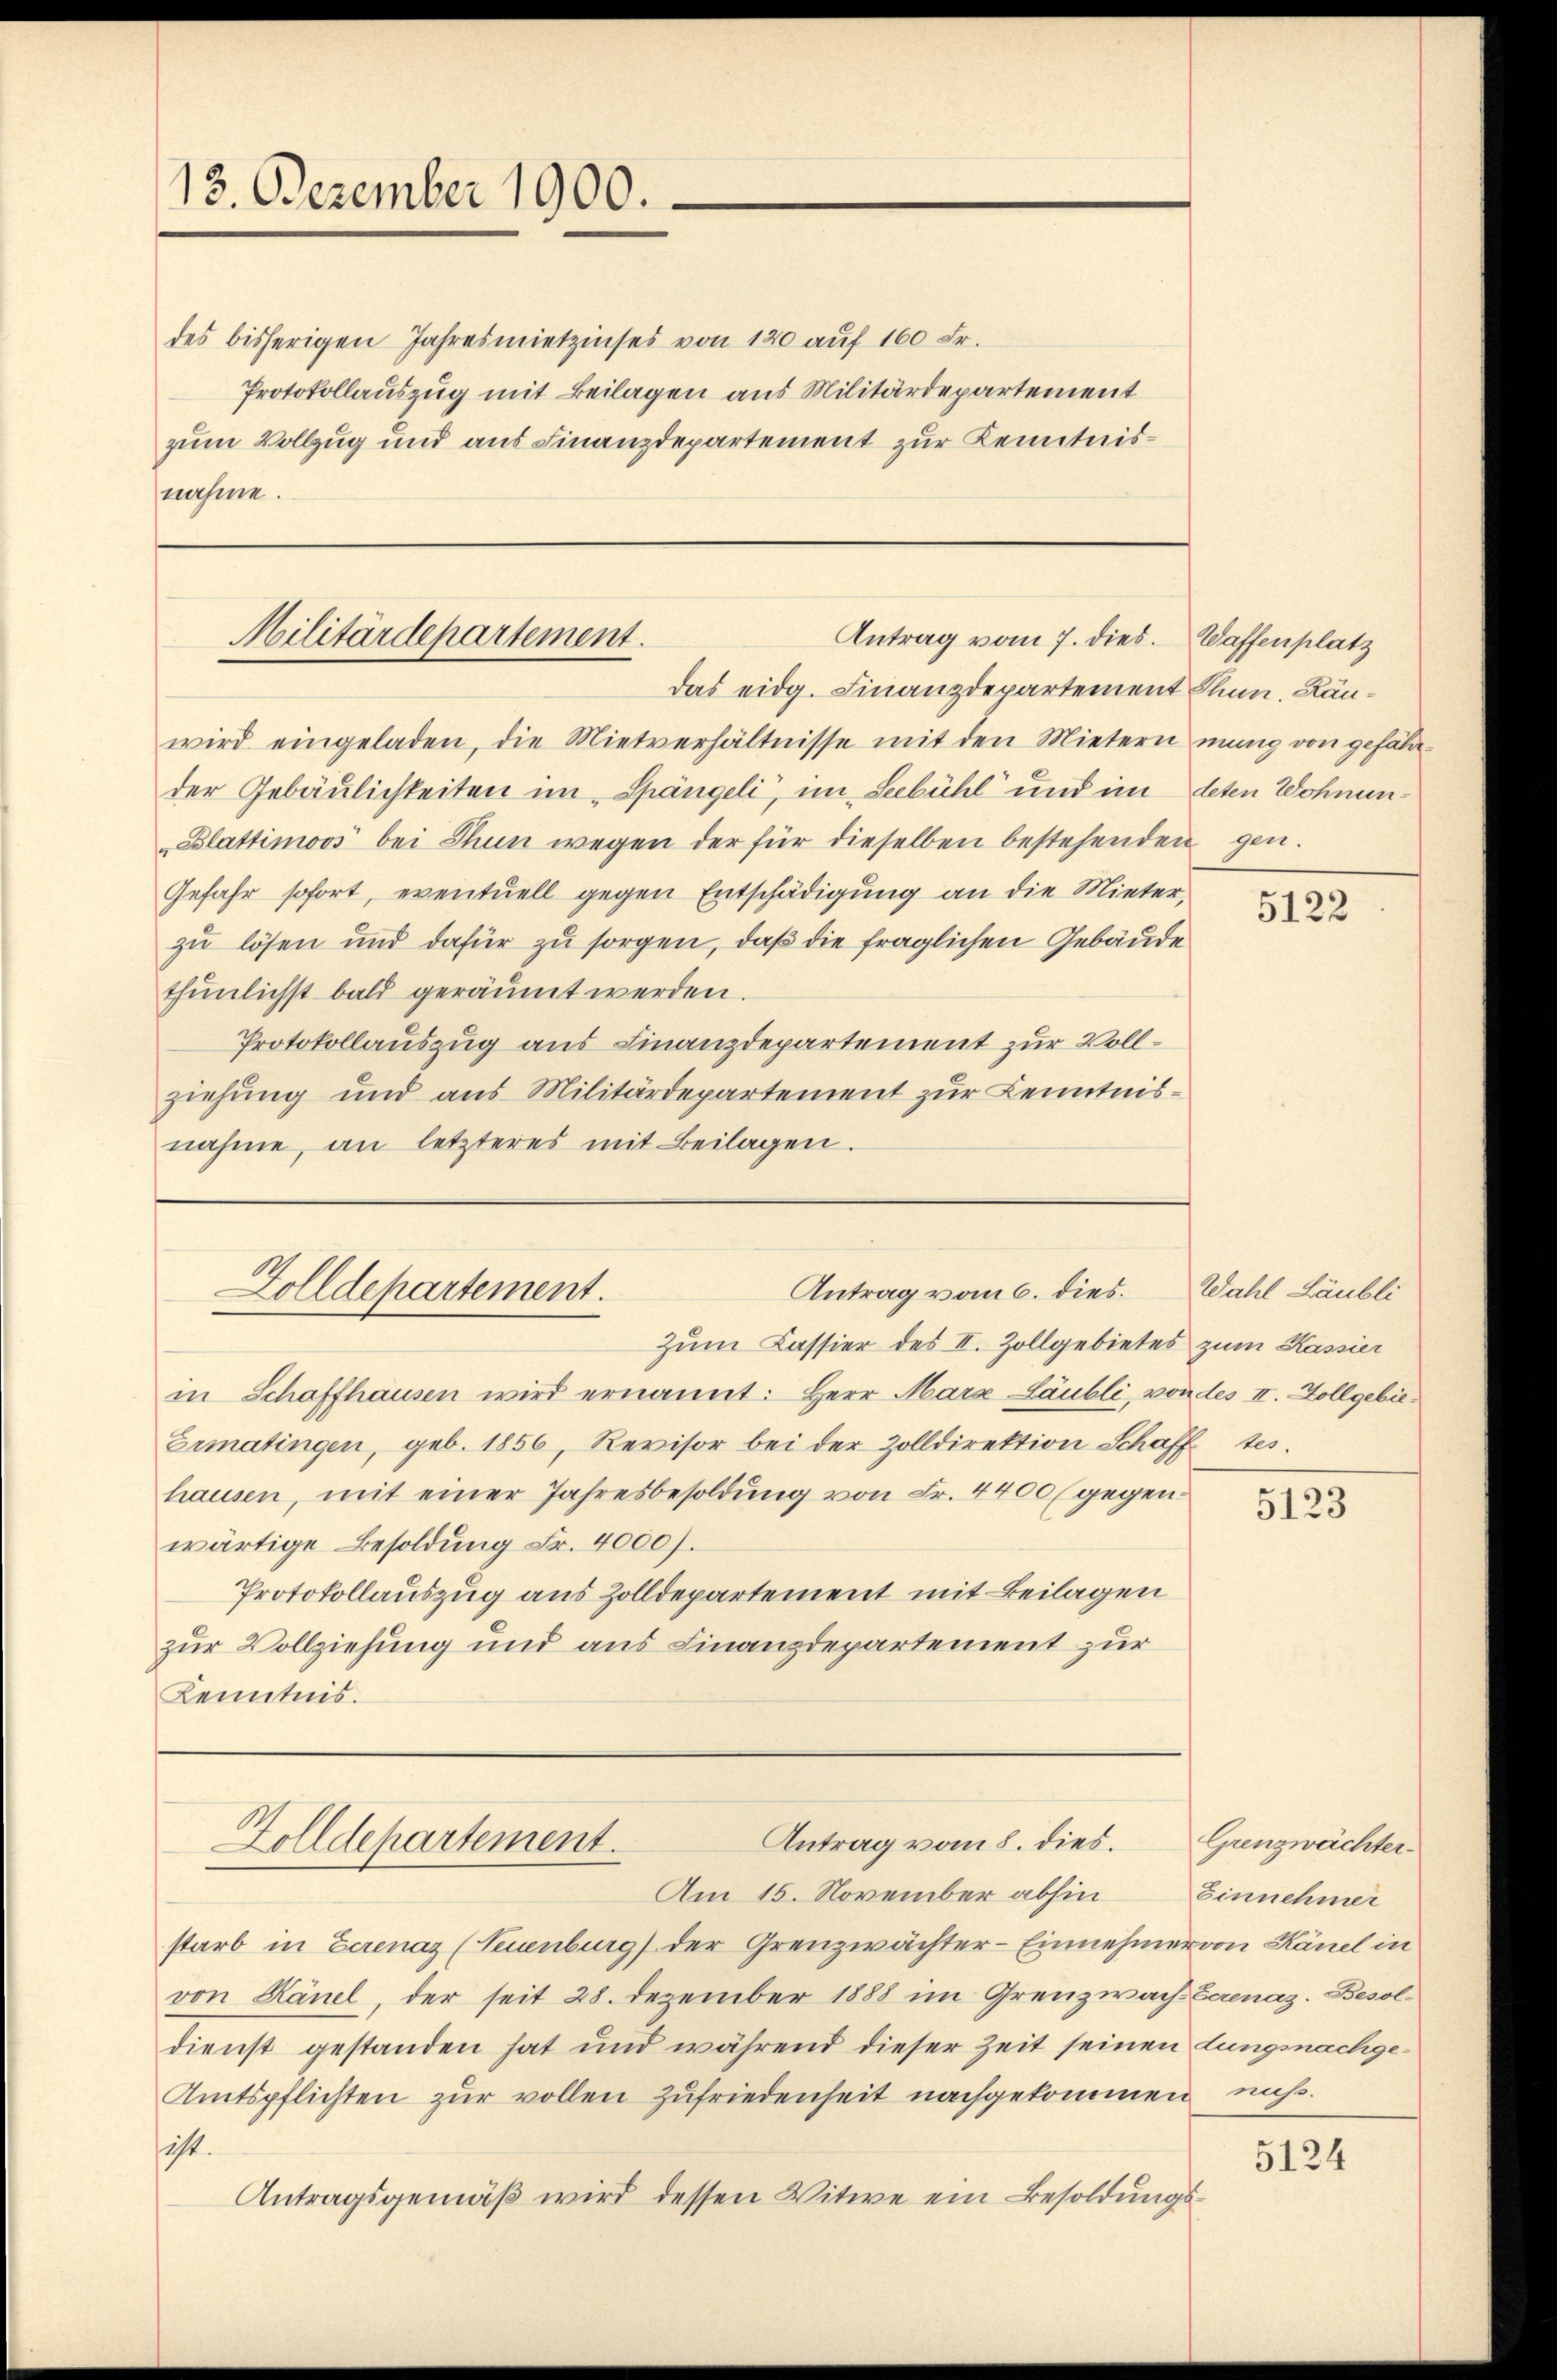
13. Dezember 1900.

des bisherigen Jahresmietzinses von 120 auf 160 Fr.
Protokollauszug mit Beilagen aus Militärdepartement
zum Vollzug und aus Finanzdepartement zur Kenntnisnahme.

Antrag vom 7. dies.
Militärdepartement.
das eidg. Finanzdepartement Thun. Rän¬

wird eingeladen, die Mietverhältnisse mit den Mietern mung von gefälder Gebäulichkeiten im Spängeli, im Seebühl und im deten Wohnun¬
Blattimoos bei Thun wegen der für dieselben bestehenden gen.
Gefahr sofort, eventuell gegen Entschädigung an die Mieter,
zu lösen und dafür zu sorgen, daß die fraglichen Gebäude
thunlichst bald geräumt werden.
Protokollauszug aus Finanzdepartement zur Vollziehung und aus Militärdepartement zur Kenntnisnahme, an letzteres mit Beilagen.

Antrag vom 6. dies. Wahl Läubli
Zolldehartement.
e

Antrag vom 8. dies. Grenzwächter¬
Zolldepartement.

Zum Cassier des II. Zollgebietes zum Kassier
in Schaffhausen wird ernannt: Herr Mara Läubli, von des II. Zollgebie¬
Ermatingen, geb. 1856, Revisor bei der Zolldirektion Schafftes.
hausen, mit einer Jahresbesoldŭng von Fr. 4400 (gegen:
wärtige Besoldung Fr. 4000).
Protokollauszug aus Zolldepartement mit Beilagen
zur Vollziehung und aus Finanzdepartement zur
Kenntnis.

Am 15. November abhin Einnehmer
starb in Eerenaz (Neuenburg) der Grenzwächter-Einnehmer von Känel in
von Känel der seit 28. Dezember 1888 im Grenzwach-Verenaz. Besoldienst gestanden hat und während dieser Zeit seinen Lungsnachge¬
Amtspflichten zŭr vollen Zufriedenheit nachgekommen nicht.
ist.
Antragsgemäß wird dessen Witwe ein Besoldungs¬

Waffenplatz

5122

5123

5124